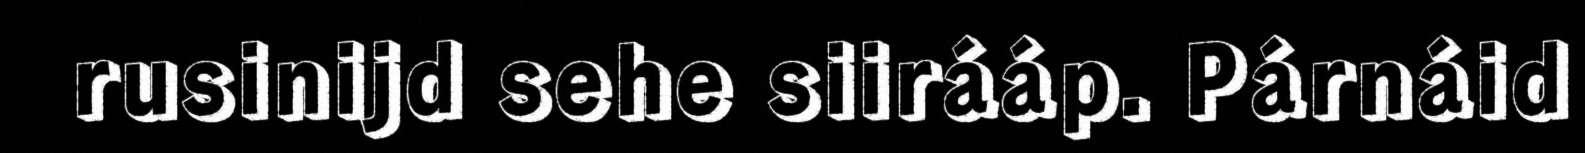
rusinijd sehe siirááp. Párnáid